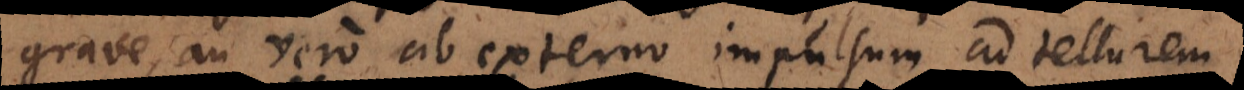
grave, an vero ab externo impulsum ad tellurem